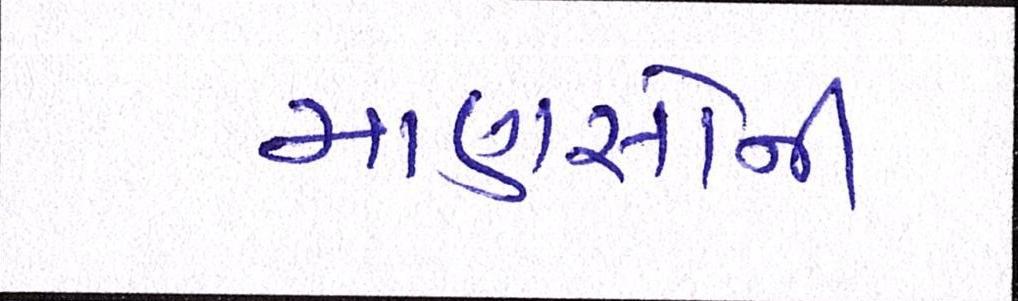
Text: માણસોની